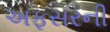
અફસરની